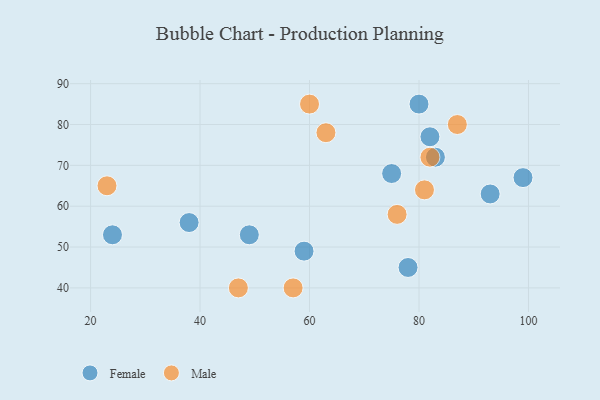
{"axis": {"x": "GDP", "y": "Life Expectancy"}, "legend": ["Female", "Male"], "data": [{"x": "49", "y": 53, "type": "Female"}, {"x": "99", "y": 67, "type": "Female"}, {"x": "83", "y": 72, "type": "Female"}, {"x": "93", "y": 63, "type": "Female"}, {"x": "75", "y": 68, "type": "Female"}, {"x": "59", "y": 49, "type": "Female"}, {"x": "78", "y": 45, "type": "Female"}, {"x": "38", "y": 56, "type": "Female"}, {"x": "80", "y": 85, "type": "Female"}, {"x": "24", "y": 53, "type": "Female"}, {"x": "82", "y": 77, "type": "Female"}, {"x": "76", "y": 58, "type": "Male"}, {"x": "81", "y": 64, "type": "Male"}, {"x": "57", "y": 40, "type": "Male"}, {"x": "63", "y": 78, "type": "Male"}, {"x": "23", "y": 65, "type": "Male"}, {"x": "82", "y": 72, "type": "Male"}, {"x": "60", "y": 85, "type": "Male"}, {"x": "87", "y": 80, "type": "Male"}, {"x": "47", "y": 40, "type": "Male"}]}